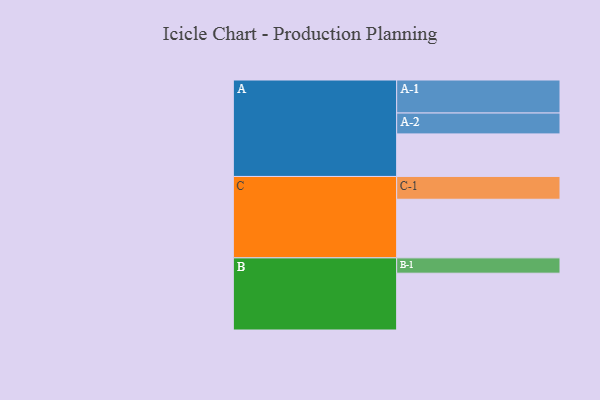
{"axis": {"x": "Segment", "y": "Value"}, "legend": ["", "A", "B", "C"], "data": [{"x": "A", "y": 308, "type": ""}, {"x": "B", "y": 411, "type": ""}, {"x": "C", "y": 424, "type": ""}, {"x": "A-1", "y": 239, "type": "A"}, {"x": "A-2", "y": 151, "type": "A"}, {"x": "B-1", "y": 111, "type": "B"}, {"x": "C-1", "y": 165, "type": "C"}]}